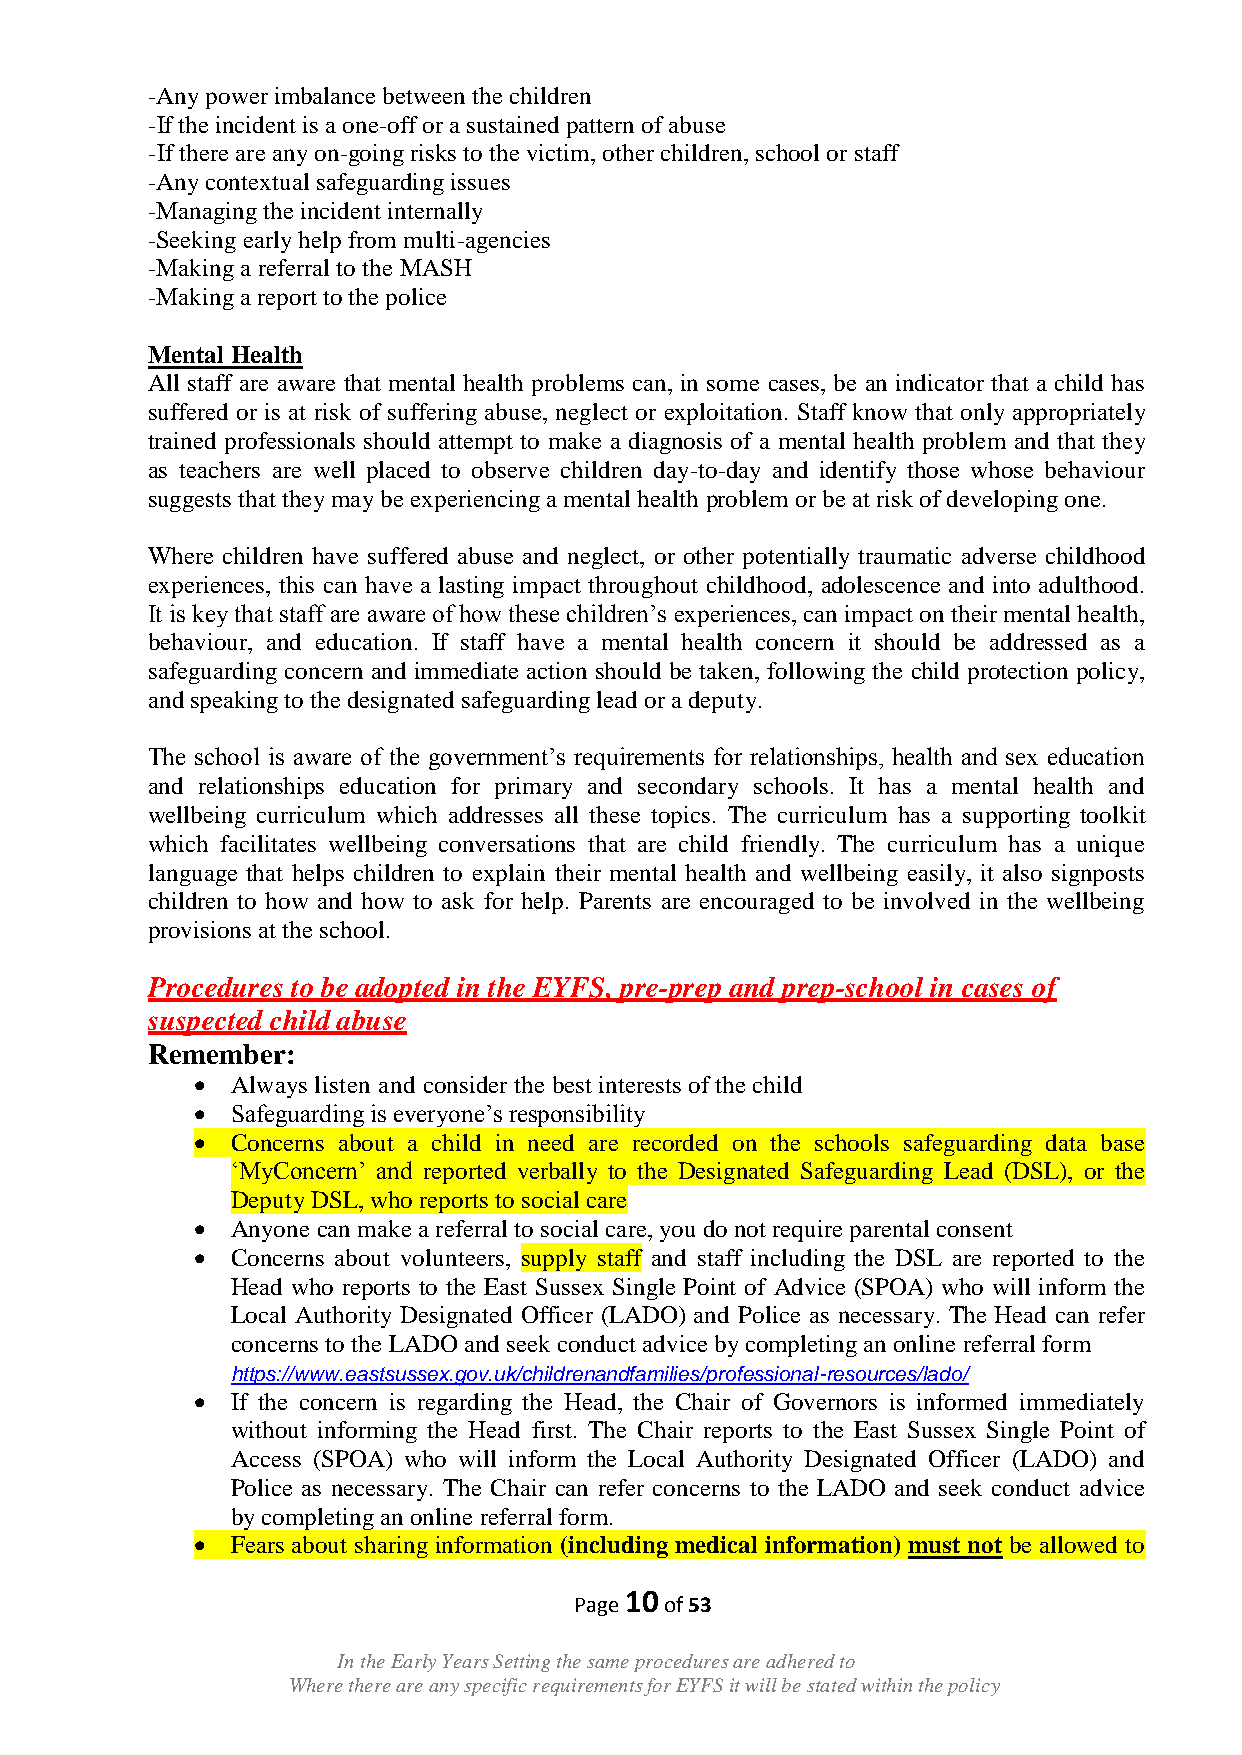
-Any power imbalance between the children
 -If the incident is a one-off or a sustained pattern of abuse
 -If there are any on-going risks to the victim, other children, school or staff
 -Any contextual safeguarding issues
 -Managing the incident internally
 -Seeking early help from multi-agencies
 -Making a referral to the MASH
 -Making a report to the police
 Mental Health
 All staff are aware that mental health problems can, in some cases, be an indicator that a child has
 suffered or is at risk of suffering abuse, neglect or exploitation. Staff know that only appropriately
 trained professionals should attempt to make a diagnosis of a mental health problem and that they
 as teachers are well placed to observe children day-to-day and identify those whose behaviour
 suggests that they may be experiencing a mental health problem or be at risk of developing one.
 Where children have suffered abuse and neglect, or other potentially traumatic adverse childhood
 experiences, this can have a lasting impact throughout childhood, adolescence and into adulthood.
 It is key that staff are aware of how these children‟s experiences, can impact on their mental health,
 behaviour, and education. If staff have a mental health concern it should be addressed as a
 safeguarding concern and immediate action should be taken, following the child protection policy,
 and speaking to the designated safeguarding lead or a deputy.
 The school is aware of the government‟s requirements for relationships, health and sex education
 and relationships education for primary and secondary schools. It has a mental health and
 wellbeing curriculum which addresses all these topics. The curriculum has a supporting toolkit
 which facilitates wellbeing conversations that are child friendly. The curriculum has a unique
 language that helps children to explain their mental health and wellbeing easily, it also signposts
 children to how and how to ask for help. Parents are encouraged to be involved in the wellbeing
 provisions at the school.
 Procedures to be adopted in the EYFS, pre-prep and prep-school in cases of
 suspected child abuse
 Remember:
  Always listen and consider the best interests of the child
  Safeguarding is everyone‟s responsibility
  Concerns about a child in need are recorded on the schools safeguarding data base
 „MyConcern‟ and reported verbally to the Designated Safeguarding Lead (DSL), or the
 Deputy DSL, who reports to social care
  Anyone can make a referral to social care, you do not require parental consent
  Concerns about volunteers, supply staff and staff including the DSL are reported to the
 Head who reports to the East Sussex Single Point of Advice (SPOA) who will inform the
 Local Authority Designated Officer (LADO) and Police as necessary. The Head can refer
 concerns to the LADO and seek conduct advice by completing an online referral form
 https://www.eastsussex.gov.uk/childrenandfamilies/professional-resources/lado/
  If the concern is regarding the Head, the Chair of Governors is informed immediately
 without informing the Head first. The Chair reports to the East Sussex Single Point of
 Access (SPOA) who will inform the Local Authority Designated Officer (LADO) and
 Police as necessary. The Chair can refer concerns to the LADO and seek conduct advice
 by completing an online referral form.
  Fears about sharing information (including medical information) must not be allowed to
 10
 Page  of 53
 In the Early Years Setting the same procedures are adhered to
 Where there are any specific requirements for EYFS it will be stated within the policy